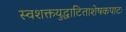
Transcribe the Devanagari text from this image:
स्वशक्तयुद्धाटिताशेषकपाटः